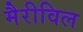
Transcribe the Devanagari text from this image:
मैरीविल